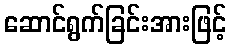
ဆောင်ရွက်ခြင်းအားဖြင့်